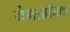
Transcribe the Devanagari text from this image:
मेगलानिक